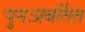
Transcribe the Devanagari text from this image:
पुनःप्रवर्तित